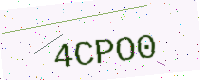
Text: 4CPO0